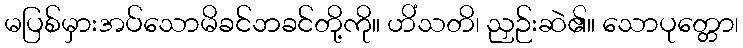
မပြစ်မှားအပ်သောမိခင်ဘခင်တို့ကို။ ဟိံသတိ၊ ညှဉ်းဆဲ၏။ သောပုတ္တော၊